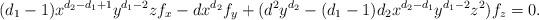
LaTeX: \begin{align*} (d_1-1)x^{d_2-d_1+1}y^{d_1-2}zf_x-dx^{d_2}f_y+(d^2y^{d_2}-(d_1-1)d_2x^{d_2-d_1}y^{d_1-2}z^2)f_z=0.\end{align*}